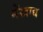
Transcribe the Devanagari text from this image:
मेंखाद्य